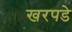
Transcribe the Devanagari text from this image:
खरपडे